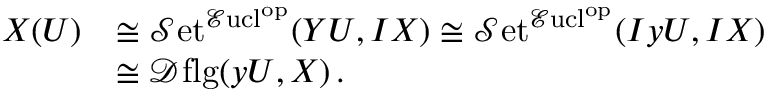
\begin{array} { r l } { X ( U ) } & { \cong { \mathcal { S } \mathrm { e t } } ^ { { \mathcal { E } \mathrm { u c l } } ^ { \mathrm { o p } } } ( Y U , I X ) \cong { \mathcal { S } \mathrm { e t } } ^ { { \mathcal { E } \mathrm { u c l } } ^ { \mathrm { o p } } } ( I y U , I X ) } \\ & { \cong { \mathcal { D } \mathrm { f l g } } ( y U , X ) \, . } \end{array}